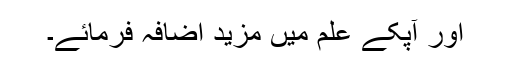
اور آپکے علم میں مزید اضافہ فرمائے۔